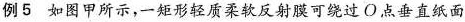
例5 如图甲所示，一矩形轻质柔软反射膜可绕过O点垂直纸面